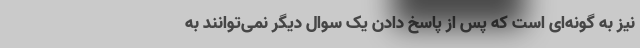
نیز به گونه‌ای است که پس از پاسخ دادن یک سوال دیگر نمی‌توانند به